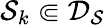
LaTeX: \cal S_{k}\Subset\mathcal{D}_{S}